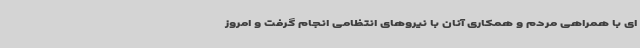
ای با همراهی مردم و همکاری آنان با نیروهای انتظامی انجام گرفت و امروز